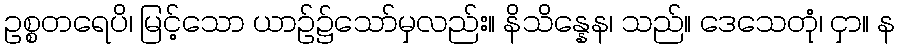
ဥစ္စတရေပိ၊ မြင့်သော ယာဉ်၌သော်မှလည်း။ နိသိန္နေန၊ သည်။ ဒေသေတုံ၊ ငှာ။ န